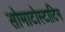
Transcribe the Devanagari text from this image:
सोमाटोस्टाटिन